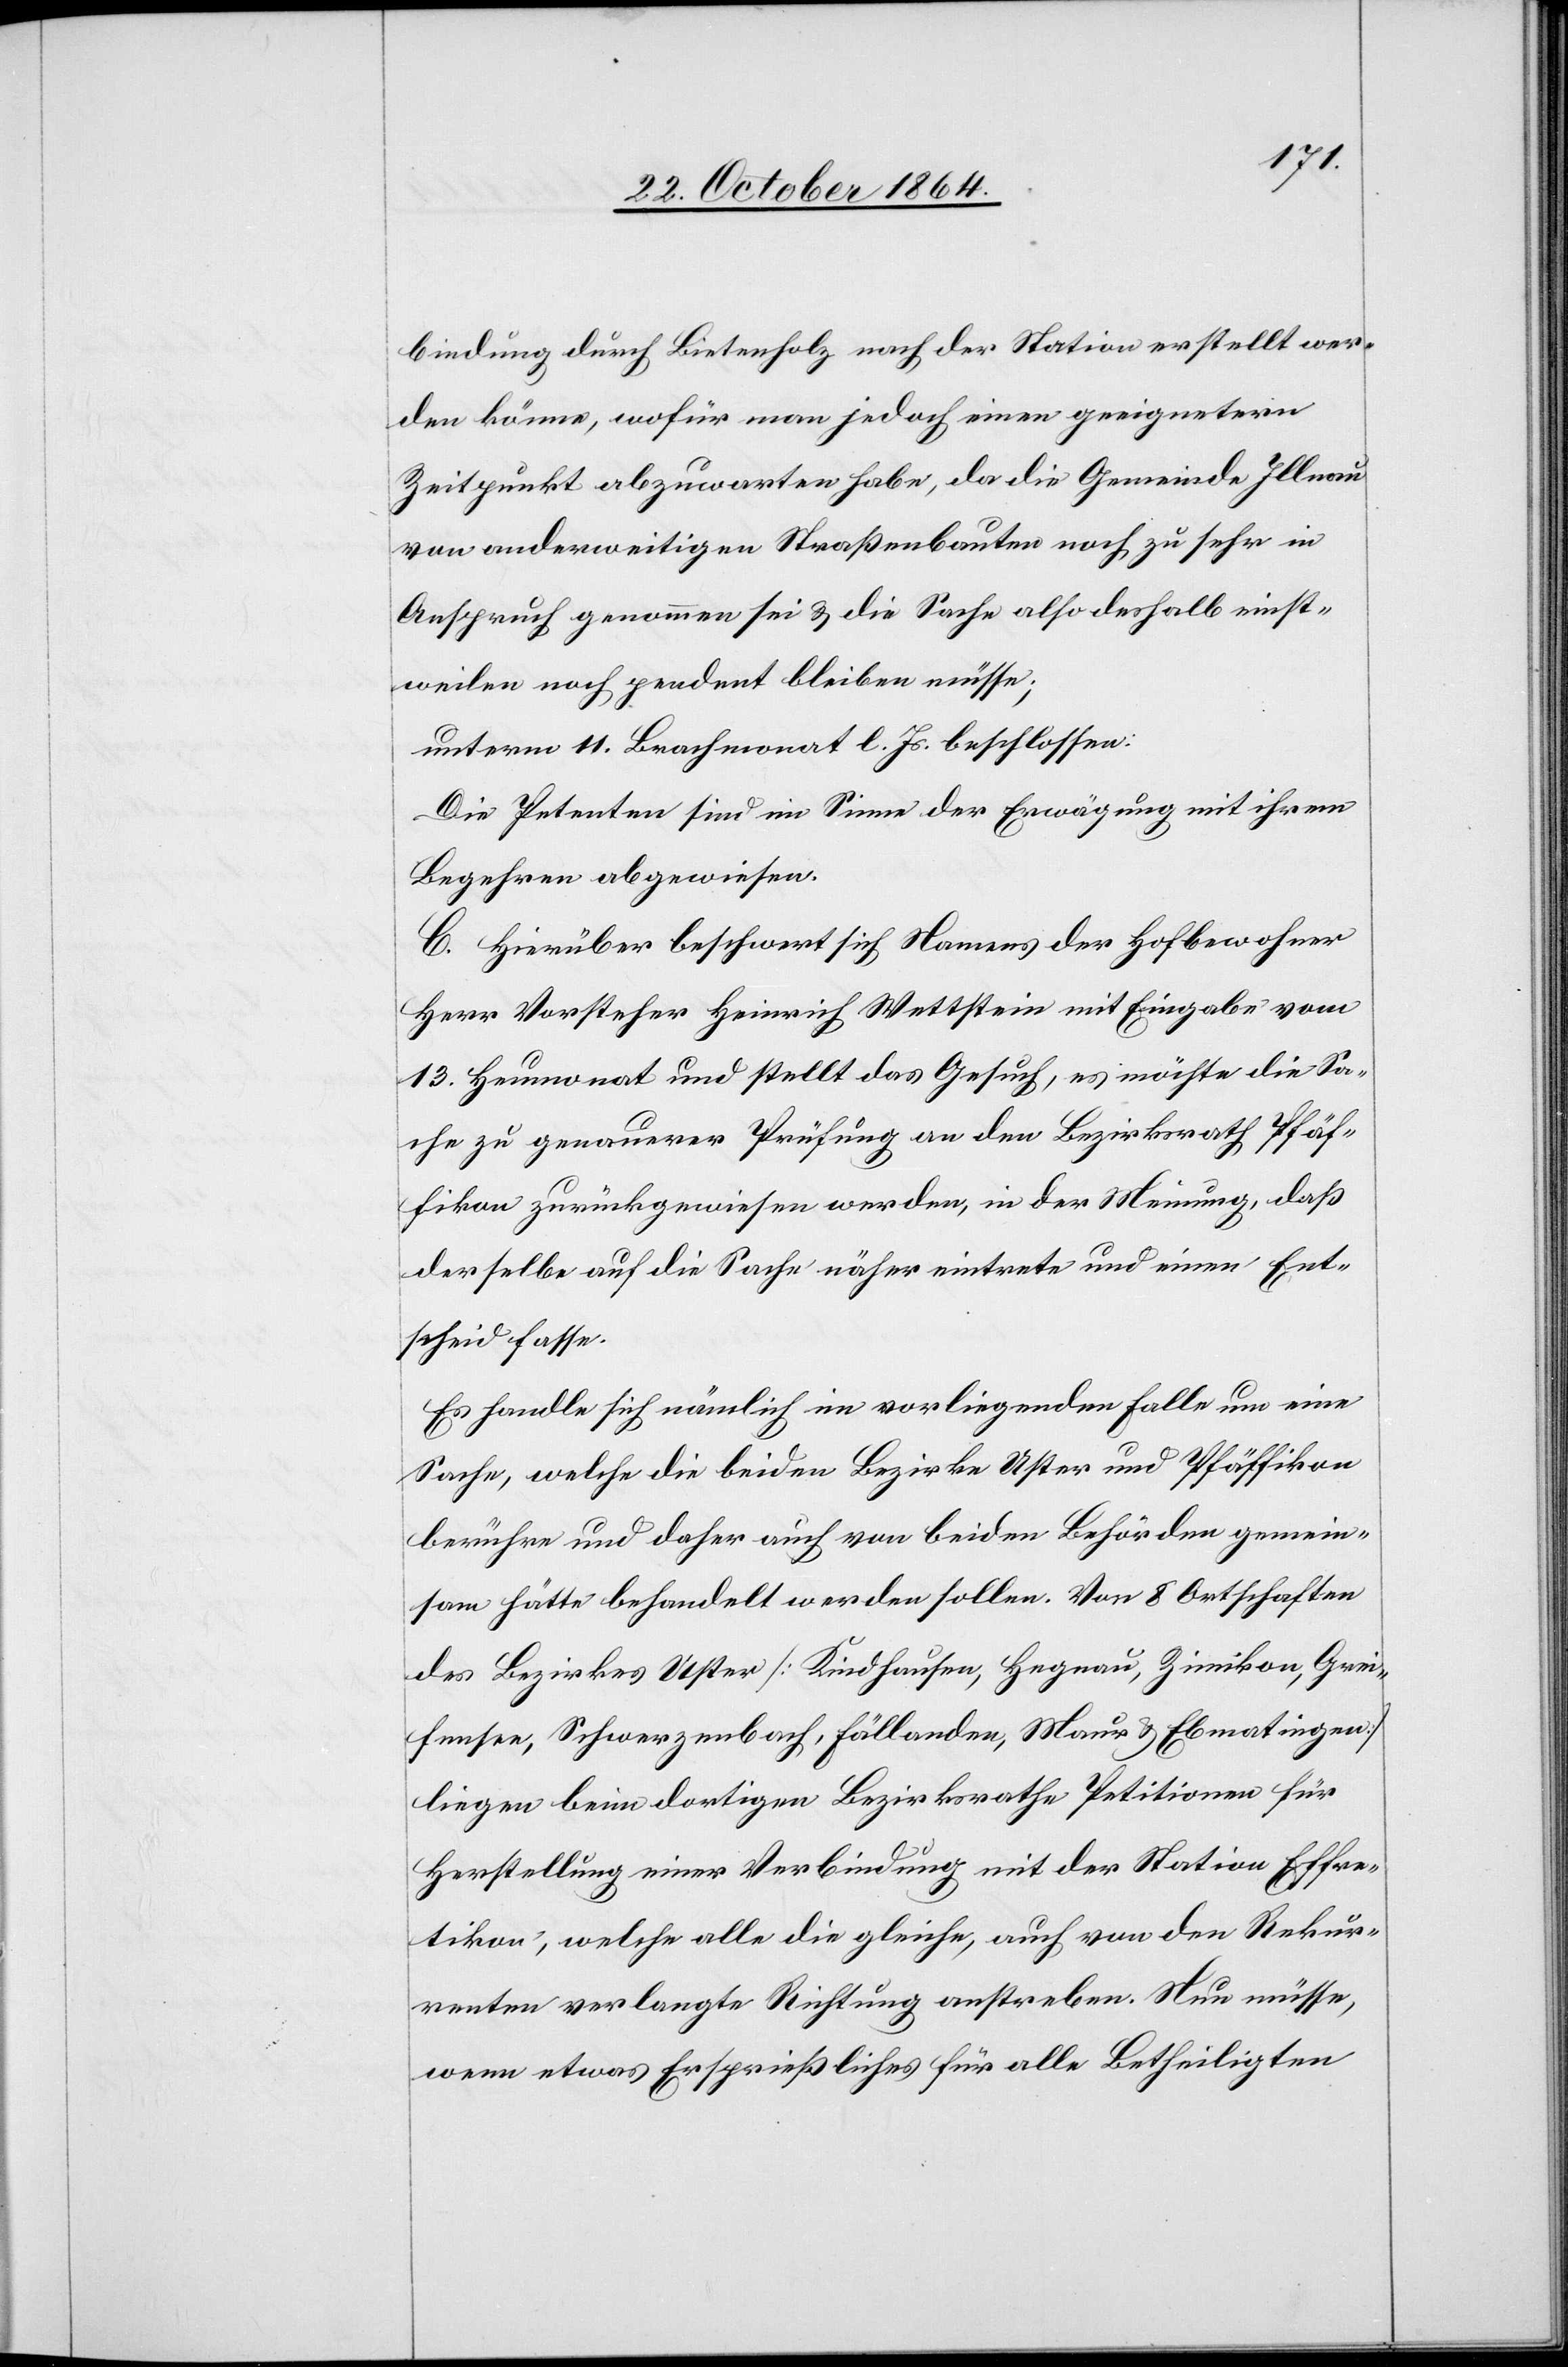
bindung durch Bietenholz nach der Station erstellt wer¬
den könne, wofür man jedoch einen geeignetern
Zeitpunkt abzuwarten habe, da die Gemeinde Illnau
von anderweitigen Straßenbauten noch zu sehr in
Anspruch genommen sei & die Sache also deshalb einst¬
weilen noch pendent bleiben müsse;
unterm 11. Brachmonat l. Js. beschlossen:
Die Petenten sind im Sinne der Erwägung mit ihrem
Begehren abgewiesen.
C. Hierüber beschwert sich Namens der Hofbewohner
Herr Vorsteher Heinrich Wettstein mit Eingabe vom
13. Heumonat und stellt das Gesuch, es möchte die Sa¬
che zu genauerer Prüfung an den Bezirksrath Pfäf¬
fikon zurückgewiesen werden, in der Meinung, daß
derselbe auf die Sache näher eintrete und einen Ent¬
scheid fasse.
Es handle sich nämlich im vorliegenden Falle um eine
Sache, welche die beiden Bezirke Uster und Pfäffikon
berühre und daher auch von beiden Behörden gemein¬
sam hätte behandelt werden sollen. Von 8 Ortschaften
des Bezirkes Uster [Kindhausen, Hegnau, Zimikon, Grei¬
fensee, Schwerzenbach, Fällanden, Maur & Ebmatingen]
liegen beim dortigen Bezirksrathe Petitionen für
Herstellung einer Verbindung mit der Station Effre¬
tikon, welche alle die gleiche, auch von den Rekur¬
renten verlangte Richtung anstreben. Nun müsse,
wenn etwas Ersprießliches für alle Betheiligten